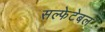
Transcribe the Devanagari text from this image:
सल्फेटेबल